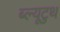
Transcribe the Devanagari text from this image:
ब्ल्यूटुथ